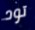
تود